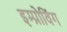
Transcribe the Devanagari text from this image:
इम्प्रोविंग